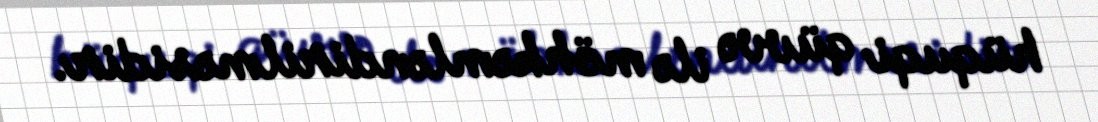
hüquqi qüvvə ilə möhkəmləndirilməsidir.